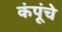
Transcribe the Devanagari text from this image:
कंपूंचे